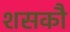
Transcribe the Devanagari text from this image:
शसकौ